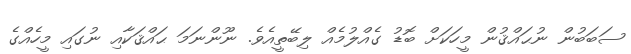
ސަބަބުން ނުޙައްޤުން މީހަކަށް ބޮޑު ގެއްލުމެއް ލިބޭތީއެވެ. ނޫންނަމަ ޙައްޤަކާއި ނުގައި މީހެއްގެ